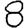
Digit: 8